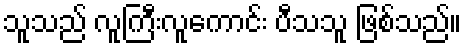
သူသည် လူကြီးလူကောင်း ပီသသူ ဖြစ်သည်။